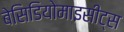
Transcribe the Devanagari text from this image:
बेसिडियोमाइसीट्स